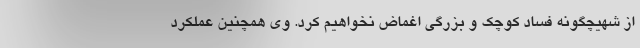
از شهیچگونه فساد کوچک و بزرگی اغماض نخواهیم کرد. وی همچنین عملکرد